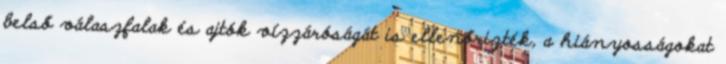
belső válaszfalak és ajtók vízzáróságát is ellenőrizték, a hiányosságokat